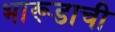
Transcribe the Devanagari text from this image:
भारूडाची